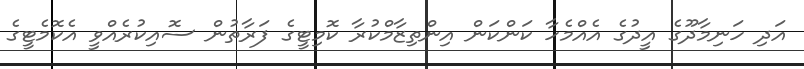
އަދި ހަނިމާދޫގެ އީދުގެ އެއްމެހާ ކަންކަން އިންތިޒާމްކުރާ ކޮމިޓީގެ ފަރާތުން ސޮއިކުރެއްވީ އެކޮމެޓީގެ